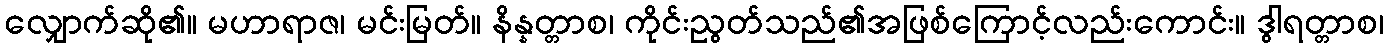
လျှောက်ဆို၏။ မဟာရာဇ၊ မင်းမြတ်။ နိန္နတ္တာစ၊ ကိုင်းညွတ်သည်၏အဖြစ်ကြောင့်လည်းကောင်း။ ဒွါရတ္တာစ၊